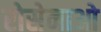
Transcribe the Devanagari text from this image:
रोसेनाओ